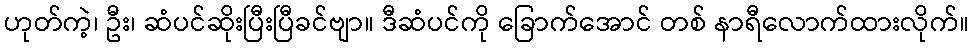
ဟုတ်ကဲ့၊ ဦး၊ ဆံပင်ဆိုးပြီးပြီခင်ဗျာ။ ဒီဆံပင်ကို ခြောက်အောင် တစ် နာရီလောက်ထားလိုက်။